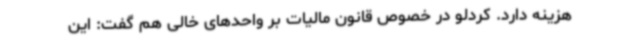
هزینه دارد. کردلو در خصوص قانون مالیات بر واحدهای خالی هم گفت: این